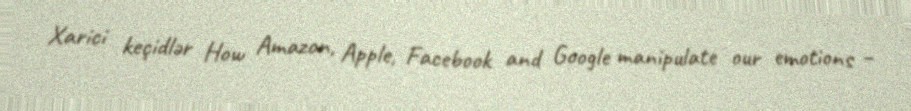
Xarici keçidlər How Amazon, Apple, Facebook and Google manipulate our emotions –